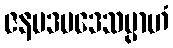
ဇနပဒပဒေသမ္ပာဟံ